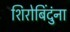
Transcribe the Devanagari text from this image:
शिरोबिंदुंना